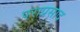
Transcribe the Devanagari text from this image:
पराप्रसाद